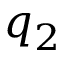
q _ { 2 }